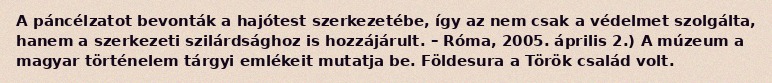
A páncélzatot bevonták a hajótest szerkezetébe, így az nem csak a védelmet szolgálta, hanem a szerkezeti szilárdsághoz is hozzájárult. – Róma, 2005. április 2.) A múzeum a magyar történelem tárgyi emlékeit mutatja be. Földesura a Török család volt.